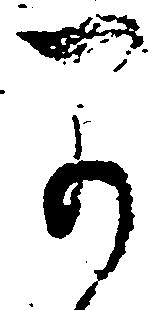
早